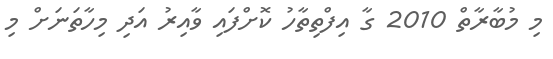
މި މުބާރާތް 2010 ގާ އިފްތިތާހު ކޮށްފައި ވާއިރު އަދި މިހާތަނަށް މި